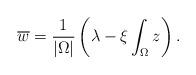
LaTeX: \begin{align*} \overline{w}=\frac{1}{\vert \Omega\vert}\left( \lambda-\xi\int_\Omega z\right). \end{align*}